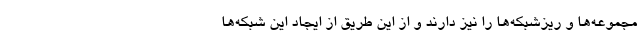
مجموعه‌ها و ریزشبکه‌ها را نیز دارند و از این طریق از ایجاد این شبکه‌ها